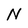
Character: N